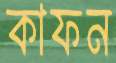
কাফন